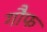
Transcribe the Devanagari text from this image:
गौफ